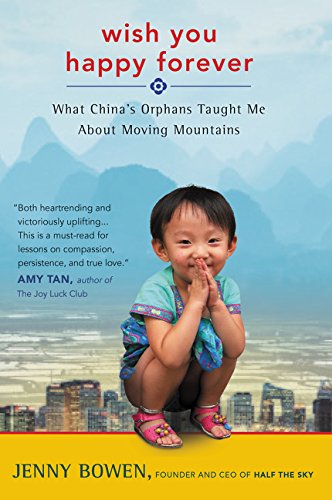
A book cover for Wish You Happy Forever: What China's Orphans Taught Me About Moving Mountains; Jenny Bowen; Parenting & Relationships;